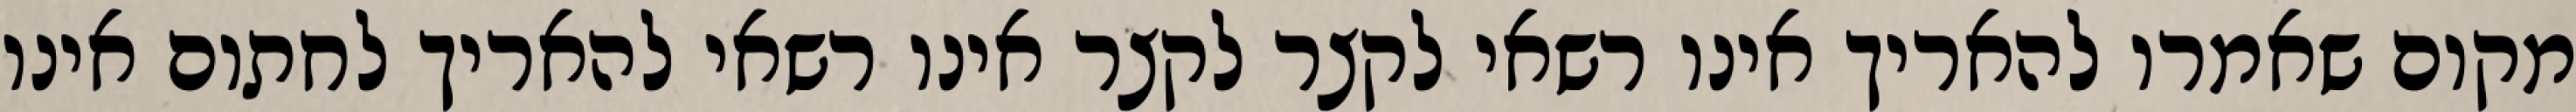
מקום שאמרו להאריך אינו רשאי לקצר לקצר אינו רשאי להאריך לחתום אינו